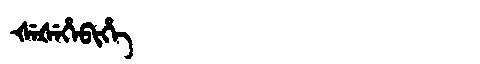
Manchu: ᡧᡝᡧᡝᡥᡝᠪᡳᡥᡝ
Romanization: ŠEŠEHEBIHE